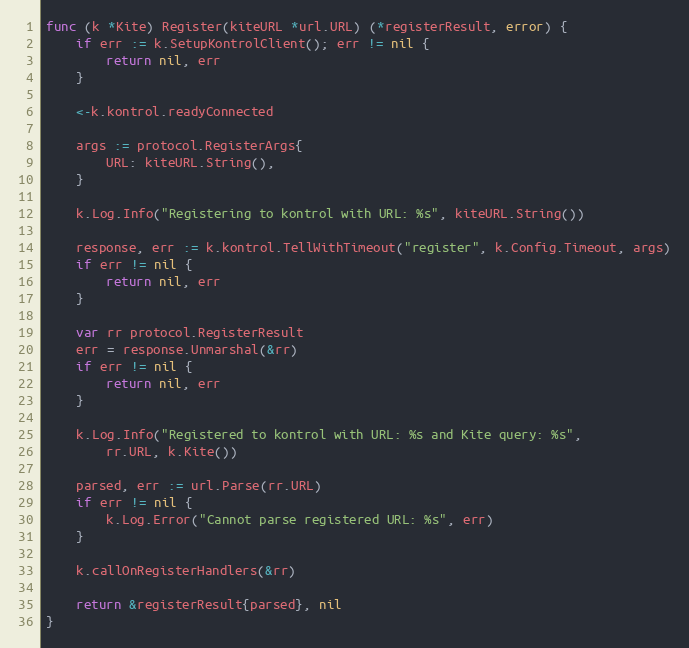
Language: Go
func (k *Kite) Register(kiteURL *url.URL) (*registerResult, error) {
	if err := k.SetupKontrolClient(); err != nil {
		return nil, err
	}

	<-k.kontrol.readyConnected

	args := protocol.RegisterArgs{
		URL: kiteURL.String(),
	}

	k.Log.Info("Registering to kontrol with URL: %s", kiteURL.String())

	response, err := k.kontrol.TellWithTimeout("register", k.Config.Timeout, args)
	if err != nil {
		return nil, err
	}

	var rr protocol.RegisterResult
	err = response.Unmarshal(&rr)
	if err != nil {
		return nil, err
	}

	k.Log.Info("Registered to kontrol with URL: %s and Kite query: %s",
		rr.URL, k.Kite())

	parsed, err := url.Parse(rr.URL)
	if err != nil {
		k.Log.Error("Cannot parse registered URL: %s", err)
	}

	k.callOnRegisterHandlers(&rr)

	return &registerResult{parsed}, nil
}